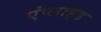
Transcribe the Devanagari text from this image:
एंप्‍लाइड